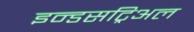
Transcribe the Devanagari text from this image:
इन्डसट्रिअल